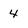
Character: 4